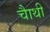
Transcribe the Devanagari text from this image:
चाैथी